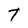
Character: T